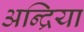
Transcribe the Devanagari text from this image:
अन्द्रिया